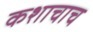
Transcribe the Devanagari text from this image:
कशाचाच